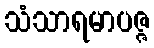
သံသာရမာပဇ္ဇ